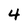
Character: 4